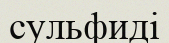
сульфиді